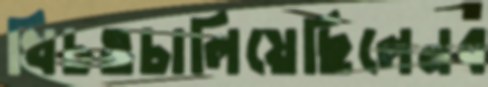
খিচওচালিয়েছিলেনব